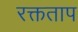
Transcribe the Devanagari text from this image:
रक्तताप